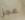
عجز